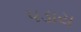
પડાય